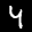
Label: 4